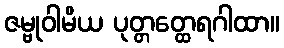
ဇမ္ဗုဝါမိယ ပုတ္တတ္ထေရဂါထာ။